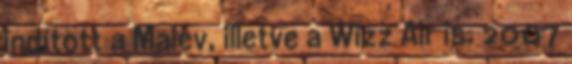
indított a Malév, illetve a Wizz Air is. 2007